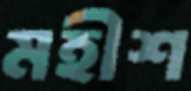
মহীশ